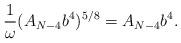
LaTeX: \begin{align*}\frac{1}{\omega} (A_{N-4}b^4)^{5/8}=A_{N-4}b^4.\end{align*}